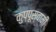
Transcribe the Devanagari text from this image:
कुप्पूस्वामी